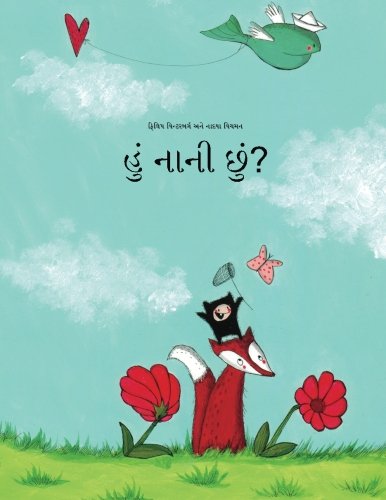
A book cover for Hum nani chum?: Philipp Winterberg ane Nadja Wichmann dvara likhita eka citra varta (Gujarati Edition); Philipp Winterberg; Children's Books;